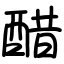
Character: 醋